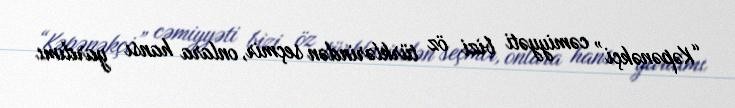
“Kəpənəkçi” cəmiyyəti bizi öz türklərindən seçmir, onlara hansı yardımı